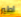
اطير